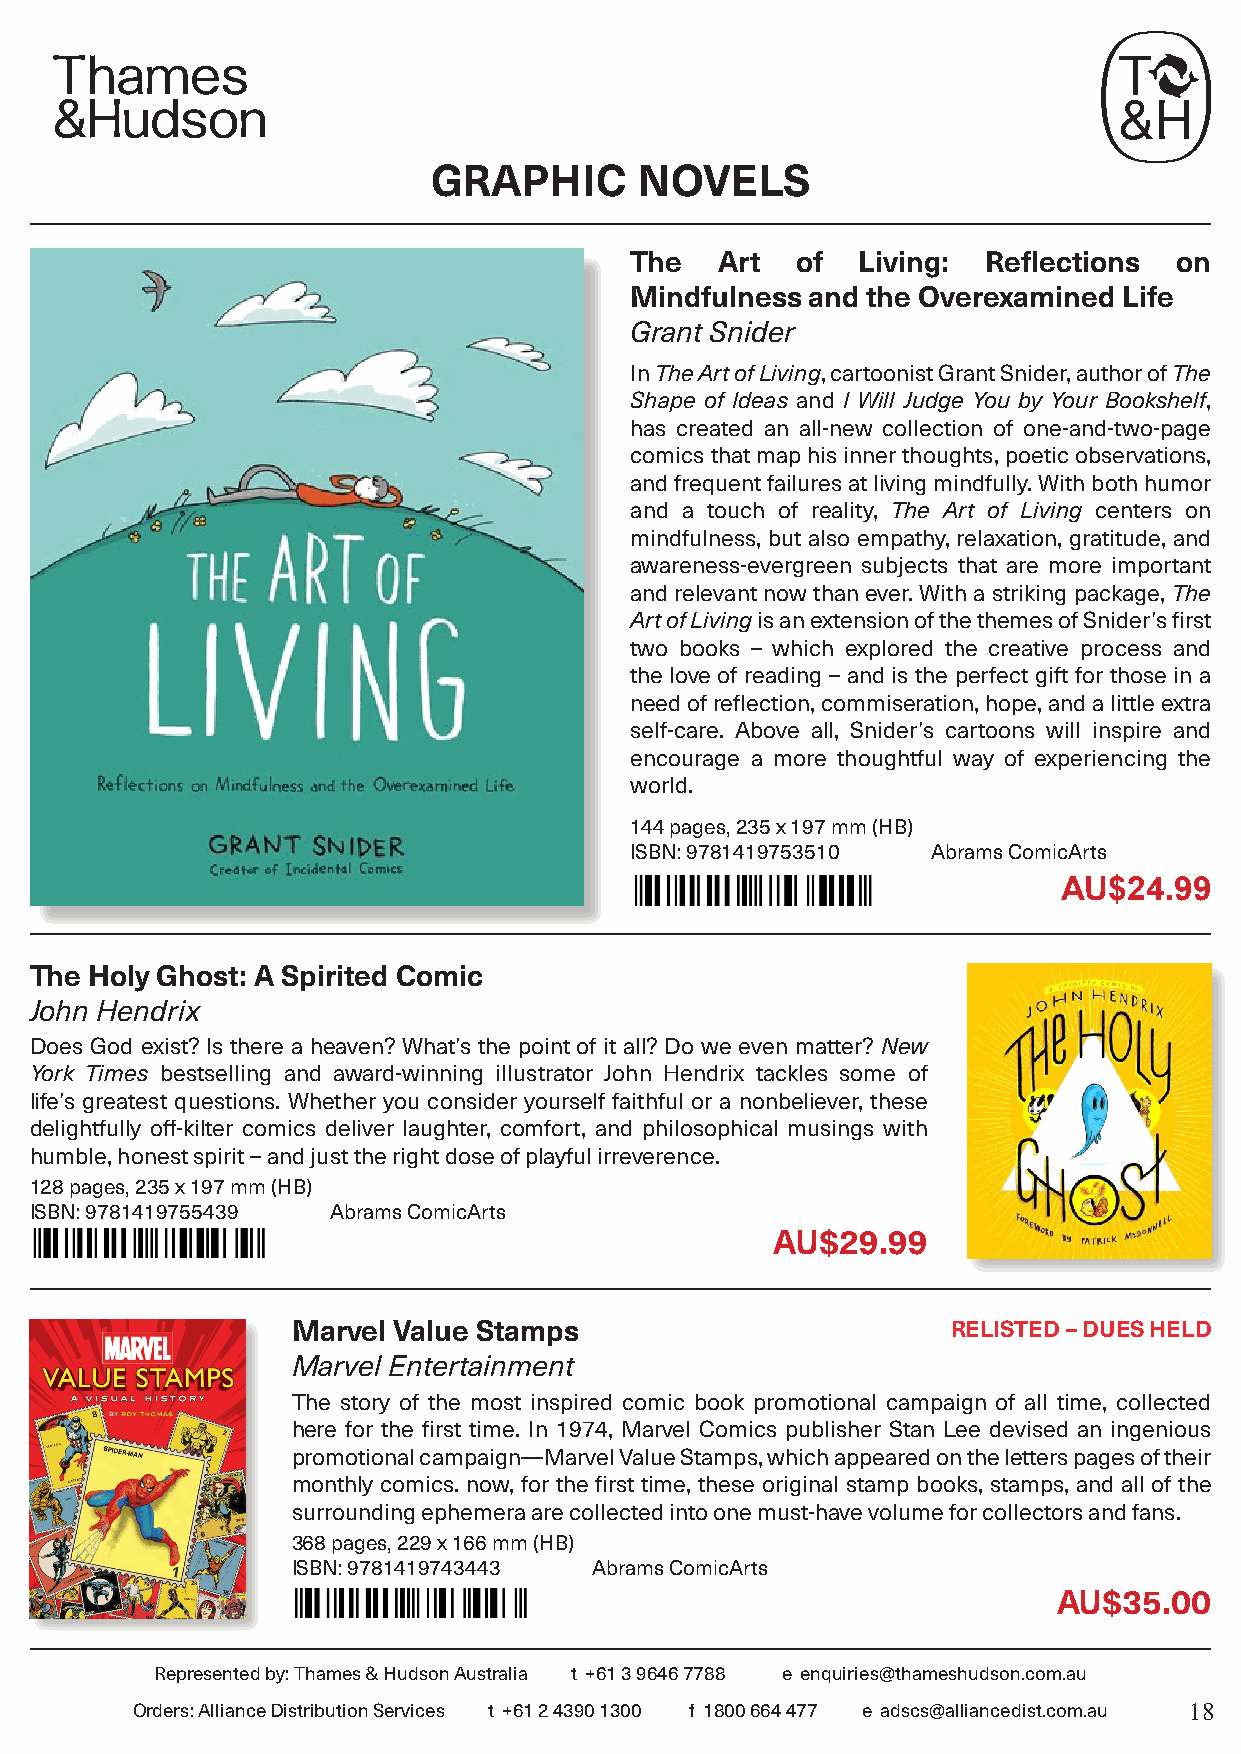
GRAPHIC       NOVELS
 The   Art  of  Living: Reflections  on
 Mindfulness and the Overexamined Life
 Grant Snider
 In The Art of Living, cartoonist Grant Snider, author of The
 Shape of Ideas and I Will Judge You by Your Bookshelf,
 has created an all-new collection of one-and-two-page
 comics that map his inner thoughts, poetic observations,
 and frequent failures at living mindfully. With both humor
 and a touch of reality, The Art of Living centers on
 mindfulness, but also empathy, relaxation, gratitude, and
 awareness-evergreen subjects that are more important
 and relevant now than ever. With a striking package, The
 Art of Living is an extension of the themes of Snider’s first
 two books – which explored the creative process and
 the love of reading – and is the perfect gift for those in a
 need of reflection, commiseration, hope, and a little extra
 self-care. Above all, Snider’s cartoons will inspire and
 encourage a more thoughtful way of experiencing the
 world.
 144 pages, 235 x 197 mm (HB)
 ISBN: 9781419753510 Abrams ComicArts
 AU$24.99
 The Holy Ghost: A Spirited Comic
 John Hendrix
 Does God exist? Is there a heaven? What’s the point of it all? Do we even matter? New
 York Times bestselling and award-winning illustrator John Hendrix tackles some of
 life’s greatest questions. Whether you consider yourself faithful or a nonbeliever, these
 delightfully off-kilter comics deliver laughter, comfort, and philosophical musings with
 humble, honest spirit – and just the right dose of playful irreverence.
 128 pages, 235 x 197 mm (HB)
 ISBN: 9781419755439 Abrams ComicArts
 AU$29.99
 Marvel Value Stamps                         RELISTED – DUES HELD
 Marvel Entertainment
 The story of the most inspired comic book promotional campaign of all time, collected
 here for the first time. In 1974, Marvel Comics publisher Stan Lee devised an ingenious
 promotional campaign—Marvel Value Stamps, which appeared on the letters pages of their
 monthly comics. now, for the first time, these original stamp books, stamps, and all of the
 surrounding ephemera are collected into one must-have volume for collectors and fans.
 368 pages, 229 x 166 mm (HB)
 ISBN: 9781419743443 Abrams ComicArts
 AU$35.00
 Represented by: Thames & Hudson Australia t +61 3 9646 7788 e enquiries@thameshudson.com.au
 Orders: Alliance Distribution Services t +61 2 4390 1300 f 1800 664 477 e adscs@alliancedist.com.au 18